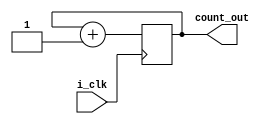
`timescale 1ns / 1ps
//////////////////////////////////////////////////////////////////////////////////
// Company: 
// Engineer: 
// 
// Design Name: 
// Module Name: count_2_bit
// Project Name: 
// Target Devices: 
// Tool Versions: 
// Description: 
// 
// Dependencies: 
// 
// Revision:
// Revision 0.01 - File Created
// Additional Comments:
// 
//////////////////////////////////////////////////////////////////////////////////


module count_2bit(
input i_clk , 
output [1:0] count_out 
    );
    
    
    reg [1:0] cnt ;
    
    
    always @(posedge i_clk) 
         cnt <= cnt + 1'b1 ;
         
         
         assign count_out = cnt ;
endmodule